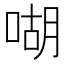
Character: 㗅